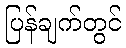
ပြန်ချက်တွင်